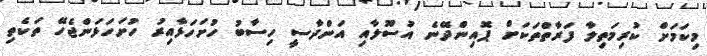
މިކަމަށް ކުރިމަތިލާ ފަރާތްތަކަށް ޕޮއިންދޭނެ އުސޫލާއި އަންދާސީ ހިސާބު ހުށަހަޅާއިރު ހުށަހަޅަންޖެހޭ ތަކެތި